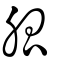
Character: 胍